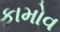
કામોવ